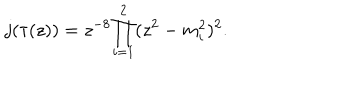
LaTeX: j ( \tau ( z ) ) = { z ^ { - 8 } } { \prod _ { i = 1 } ^ { 2 } ( z ^ { 2 } - m _ { i } ^ { 2 } ) ^ { 2 } } .